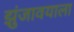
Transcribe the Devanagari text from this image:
झुंजावयाला